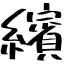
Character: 繽